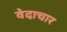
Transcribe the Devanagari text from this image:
वेदाचार